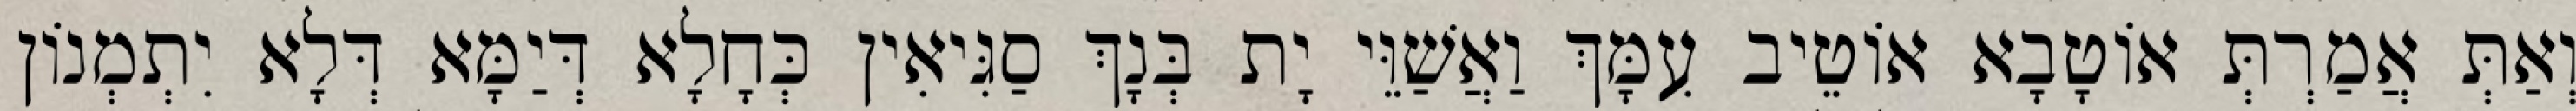
וְאַתְּ אֲמַרְתְּ אוֹטָבָא אוֹטֵיב עִמָּךְ וַאֲשַׁוֵּי יָת בְּנָךְ סַגִּיאִין כְּחָלָא דְּיַמָּא דְּלָא יִתְמְנוֹן